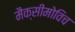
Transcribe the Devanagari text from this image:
मैक्सीमोविच